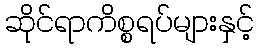
ဆိုင်ရာကိစ္စရပ်များနှင့်